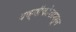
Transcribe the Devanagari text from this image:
पक्षीकोशावरून